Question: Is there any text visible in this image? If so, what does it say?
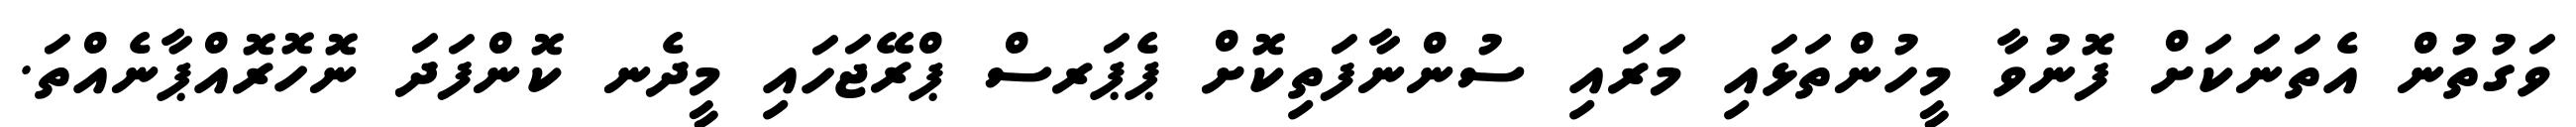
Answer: ވަގުތުން އެތަނަކަށް ފޮނުވާ މީހުންތަޅައި މަރައި ސުންނާފަތިކޮށް ޕެޕަރސް ޕްރޭޖަހައި މީދެނ ކޮންފަދަ ނޮހޮރޮއްޕާނެއްތަ.